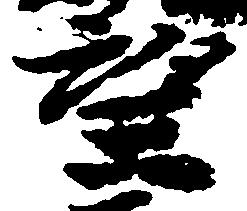
望